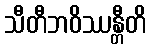
သီတီဘဝိဿန္တီတိ